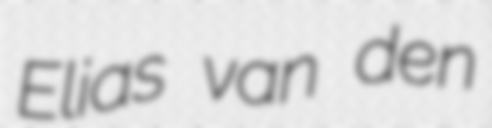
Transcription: Elias van den